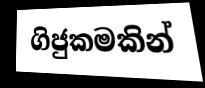
ගිජුකමකින්